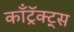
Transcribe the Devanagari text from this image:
काँट्रॅक्ट्स